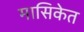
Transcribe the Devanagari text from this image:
मासिकेत